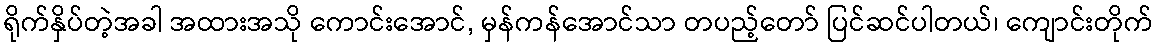
ရိုက်နှိပ်တဲ့အခါ အထားအသို ကောင်းအောင်, မှန်ကန်အောင်သာ တပည့်တော် ပြင်ဆင်ပါတယ်၊ ကျောင်းတိုက်